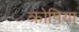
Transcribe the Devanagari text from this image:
क्रोपिया